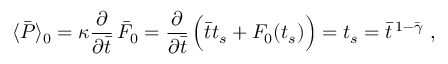
\langle \bar { P } \rangle _ { 0 } = \kappa { \frac { \partial } { \partial \bar { t } } } \, \bar { F } _ { 0 } = { \frac { \partial } { \partial \bar { t } } } \, \Bigl ( \bar { t } t _ { s } + F _ { 0 } ( t _ { s } ) \Bigr ) = t _ { s } = \bar { t } ^ { \, 1 - \bar { \gamma } } \ ,